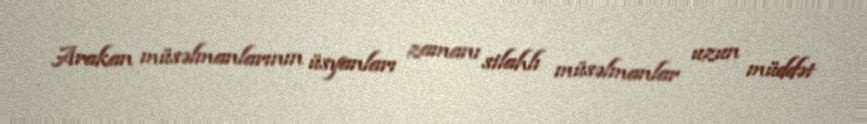
Arakan müsəlmanlarının üsyanları zamanı silahlı müsəlmanlar uzun müddət